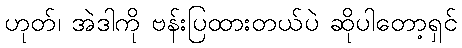
ဟုတ်၊ အဲဒါကို ဗန်းပြထားတယ်ပဲ ဆိုပါတော့ရှင်